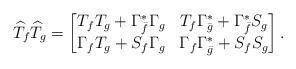
LaTeX: \begin{align*}\widehat{T}_{f}\widehat{T}_{g}=\begin{bmatrix}T_{f}T_{g}+{\Gamma^{*}_{\bar{f}}}{\Gamma_{g}} & T_{f}{\Gamma^{*}_{\bar{g}}}+{\Gamma^{*}_{\bar{f}}}{S_{g}}\\\Gamma_{f}T_{g}+S_{f}{\Gamma_{g}} & \Gamma_{f}{\Gamma^{*}_{\bar{g}}}+S_{f}S_{g}\end{bmatrix}.\end{align*}